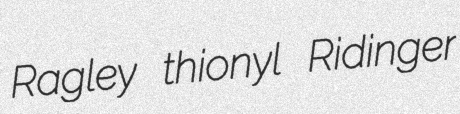
Ragley thionyl Ridinger